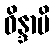
ဝိန္ဒာမိ